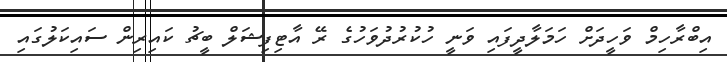
އިބްރާހިމް ވަހީދަށް ހަމަލާދީފައި ވަނީ ހުކުރުދުވަހުގެ ރޭ އާޓިފިޝަލް ބީޗު ކައިރިން ސައިކަލުގައި